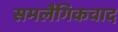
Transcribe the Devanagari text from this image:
समलैंगिकवाद